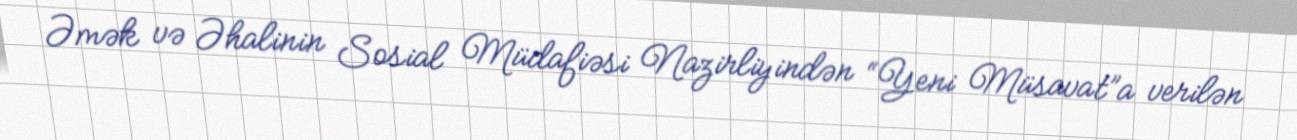
Əmək və Əhalinin Sosial Müdafiəsi Nazirliyindən “Yeni Müsavat”a verilən